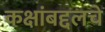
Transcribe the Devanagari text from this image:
कक्षांबद्दलचे